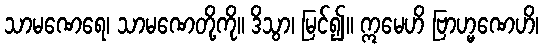
သာမဏေရေ၊ သာမဏေတို့ကို။ ဒိသွာ၊ မြင်၍။ ဣမေဟိ ဗြာဟ္မဏေဟိ၊